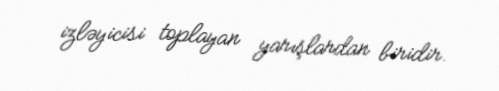
izləyicisi toplayan yarışlardan biridir.